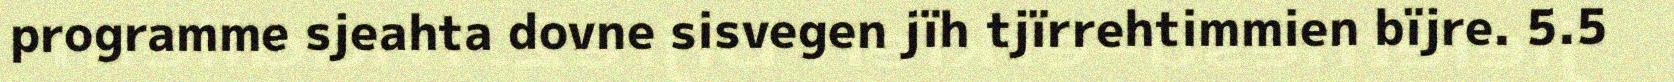
programme sjeahta dovne sisvegen jïh tjïrrehtimmien bïjre. 5.5